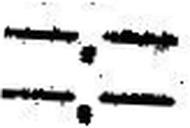
—.—